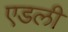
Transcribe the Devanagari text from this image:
एडली